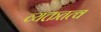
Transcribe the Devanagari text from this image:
व्यक्ततत्व